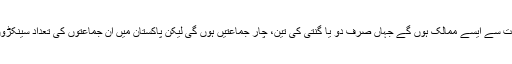
دنیا میں بہت سے ایسے ممالک ہوں گے جہاں صرف دو یا گنتی کی تین، چار جماعتیں ہوں گی لیکن پاکستان میں ان جماعتوں کی تعداد سینکڑوں میں ہے۔